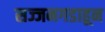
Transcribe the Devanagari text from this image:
सज्जनगडाहून